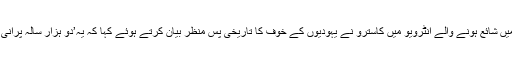
’’اٹلانٹک‘‘ جریدے میں شائع ہونے والے انٹرویو میں کاسترو نے یہودیوں کے خوف کا تاریخی پس منظر بیان کرتے ہوئے کہا کہ یہ’دو ہزار سالہ پرانی تاریخ کا خوف‘ ہے۔